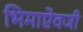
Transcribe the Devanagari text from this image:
भिमाऐवजी